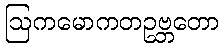
ဩကမောကတဥဗ္ဘတော